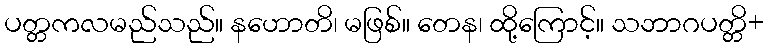
ပတ္တကလမည်သည်။ နဟောတိ၊ မဖြစ်။ တေန၊ ထို့ကြောင့်။ သဘာဂပတ္တိ+